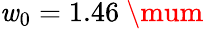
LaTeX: \mathit{w}_{0}=1.46~\mum